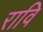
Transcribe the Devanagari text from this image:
रावि